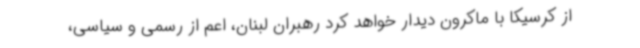
از کرسیکا با ماکرون دیدار خواهد کرد رهبران لبنان، اعم از رسمی و سیاسی،